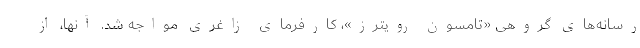
رسانه‌های گروهی «تامسون رویترز»، کارفرمای زاغری مواجه شد. آنها، از